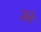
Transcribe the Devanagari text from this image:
ऊठे